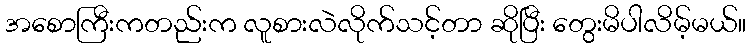
အစောကြီးကတည်းက လူစားလဲလိုက်သင့်တာ ဆိုပြီး တွေးမိပါလိမ့်မယ်။